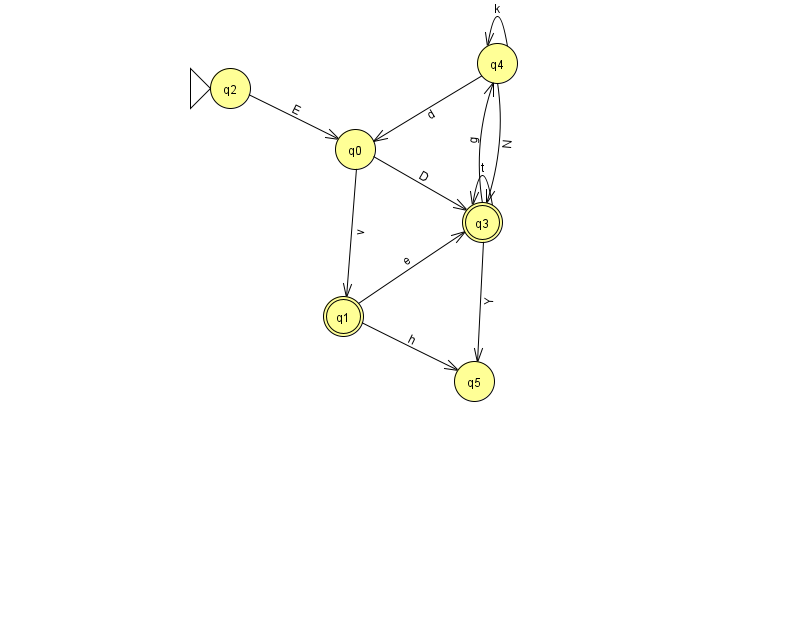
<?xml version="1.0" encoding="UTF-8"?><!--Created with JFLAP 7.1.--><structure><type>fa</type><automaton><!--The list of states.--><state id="0" name="q0"><x>355.0</x><y>136.0</y></state><state id="1" name="q1"><x>343.0</x><y>303.0</y><final/></state><state id="2" name="q2"><x>230.0</x><y>75.0</y><initial/></state><state id="3" name="q3"><x>482.0</x><y>209.0</y><final/></state><state id="4" name="q4"><x>497.0</x><y>50.0</y></state><state id="5" name="q5"><x>474.0</x><y>368.0</y></state><!--The list of transitions.--><transition><from>3</from><to>4</to><read>g</read></transition><transition><from>3</from><to>3</to><read>t</read></transition><transition><from>1</from><to>3</to><read>e</read></transition><transition><from>1</from><to>5</to><read>h</read></transition><transition><from>4</from><to>0</to><read>d</read></transition><transition><from>3</from><to>5</to><read>Y</read></transition><transition><from>4</from><to>3</to><read>N</read></transition><transition><from>4</from><to>4</to><read>k</read></transition><transition><from>0</from><to>1</to><read>v</read></transition><transition><from>0</from><to>3</to><read>D</read></transition><transition><from>2</from><to>0</to><read>E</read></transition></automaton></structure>